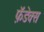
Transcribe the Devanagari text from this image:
फ़ॅडेक्स